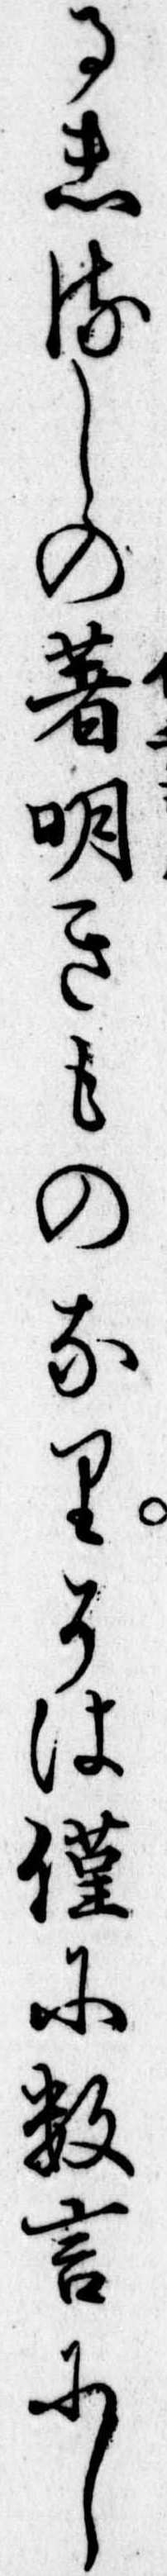
るしるしの著明きものなりそは僅に数言にし